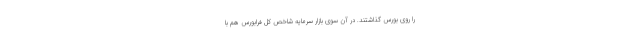
را روی بورس گذاشتند. در آن سوی بازار سرمایه شاخص کل فرابورس هم با